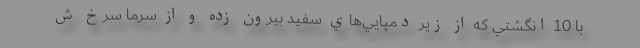
با 10 انگشتي كه از زير دمپايي‌هاي سفيد بيرون زده‌ و از سرما سرخ ش